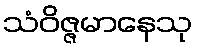
သံဝိဇ္ဇမာနေသု